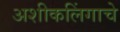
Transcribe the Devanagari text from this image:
अशीकलिंगाचे